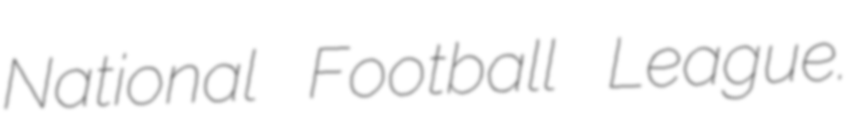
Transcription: National Football League.